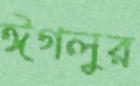
ঈগলুর